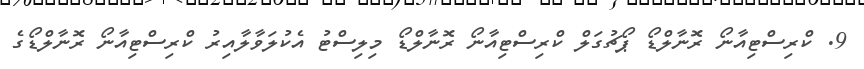
9. ކްރިސްޓިއާނޯ ރޮނާލްޑޯ ޕޯޗުގަލް ކްރިސްޓިއާނޯ ރޮނާލްޑޯ މިލިސްޓު އެކުލަވާލާއިރު ކްރިސްޓިއާނޯ ރޮނާލްޑޯގެ